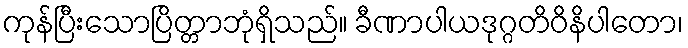
ကုန်ပြီးသောပြိတ္တာဘုံရှိသည်။ ခီဏာပါယဒုဂ္ဂတိဝိနိပါတော၊